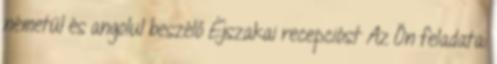
németül és angolul beszélő Éjszakai recepcióst Az Ön feladata: